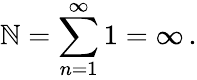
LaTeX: \mathbb{N}=\sum_{n=1}^{\infty}1=\infty\, {.}